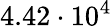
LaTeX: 4.42\cdot 10^{4}